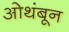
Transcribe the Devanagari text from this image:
ओथंबून